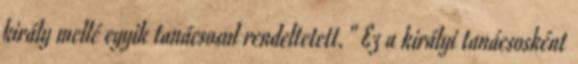
király mellé egyik tanácsosul rendeltetett." Ez a királyi tanácsosként